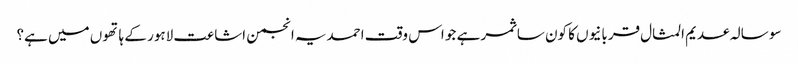
سو سالہ عدیم المثال قربانیوں کا کون سا ثمر ہے جو اس وقت احمدیہ انجمن اشاعت لاہور کے ہاتھوں میں ہے؟